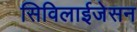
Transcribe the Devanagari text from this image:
सिविलाईजेसन